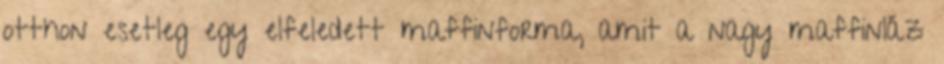
otthon esetleg egy elfeledett maffinforma, amit a nagy maffinláz